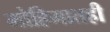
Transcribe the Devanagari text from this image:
मोहिमातही